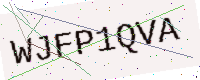
Text: WJFP1QVA